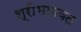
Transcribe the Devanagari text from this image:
श्रीभागवत